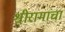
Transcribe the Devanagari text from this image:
श्रीरामांचा